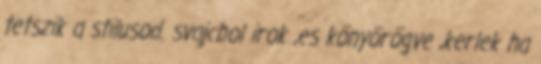
tetszik a stilusod. svajcbol irok ,es könyörögve ,kerlek ha